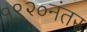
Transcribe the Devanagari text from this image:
१९२०नंतर